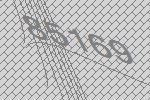
85169